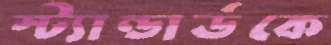
স্ট্যান্ডার্ডকে